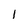
Character: I